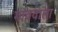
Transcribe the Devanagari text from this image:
गाववाला